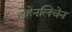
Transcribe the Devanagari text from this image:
होहेनलिचेन